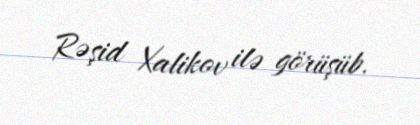
Rəşid Xalikov ilə görüşüb.